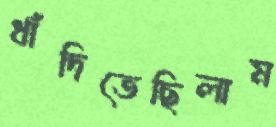
ধাঁদিতেছিলাম